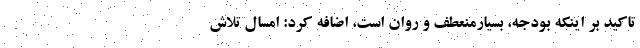
تاکید بر اینکه بودجه، بسیارمنعطف و روان است، اضافه کرد: امسال تلاش